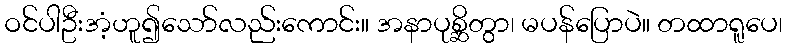
ဝင်ပါဦးအံ့ဟူ၍သော်လည်းကောင်း။ အနာပုစ္ဆိတွာ၊ မပန်ပြောပဲ။ တထာရူပေ၊